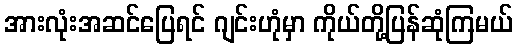
အားလုံးအဆင်ပြေရင် ဂျင်းဟုံမှာ ကိုယ်တို့ပြန်ဆုံကြမယ်